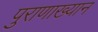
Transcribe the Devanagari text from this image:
पुराणाख्यान